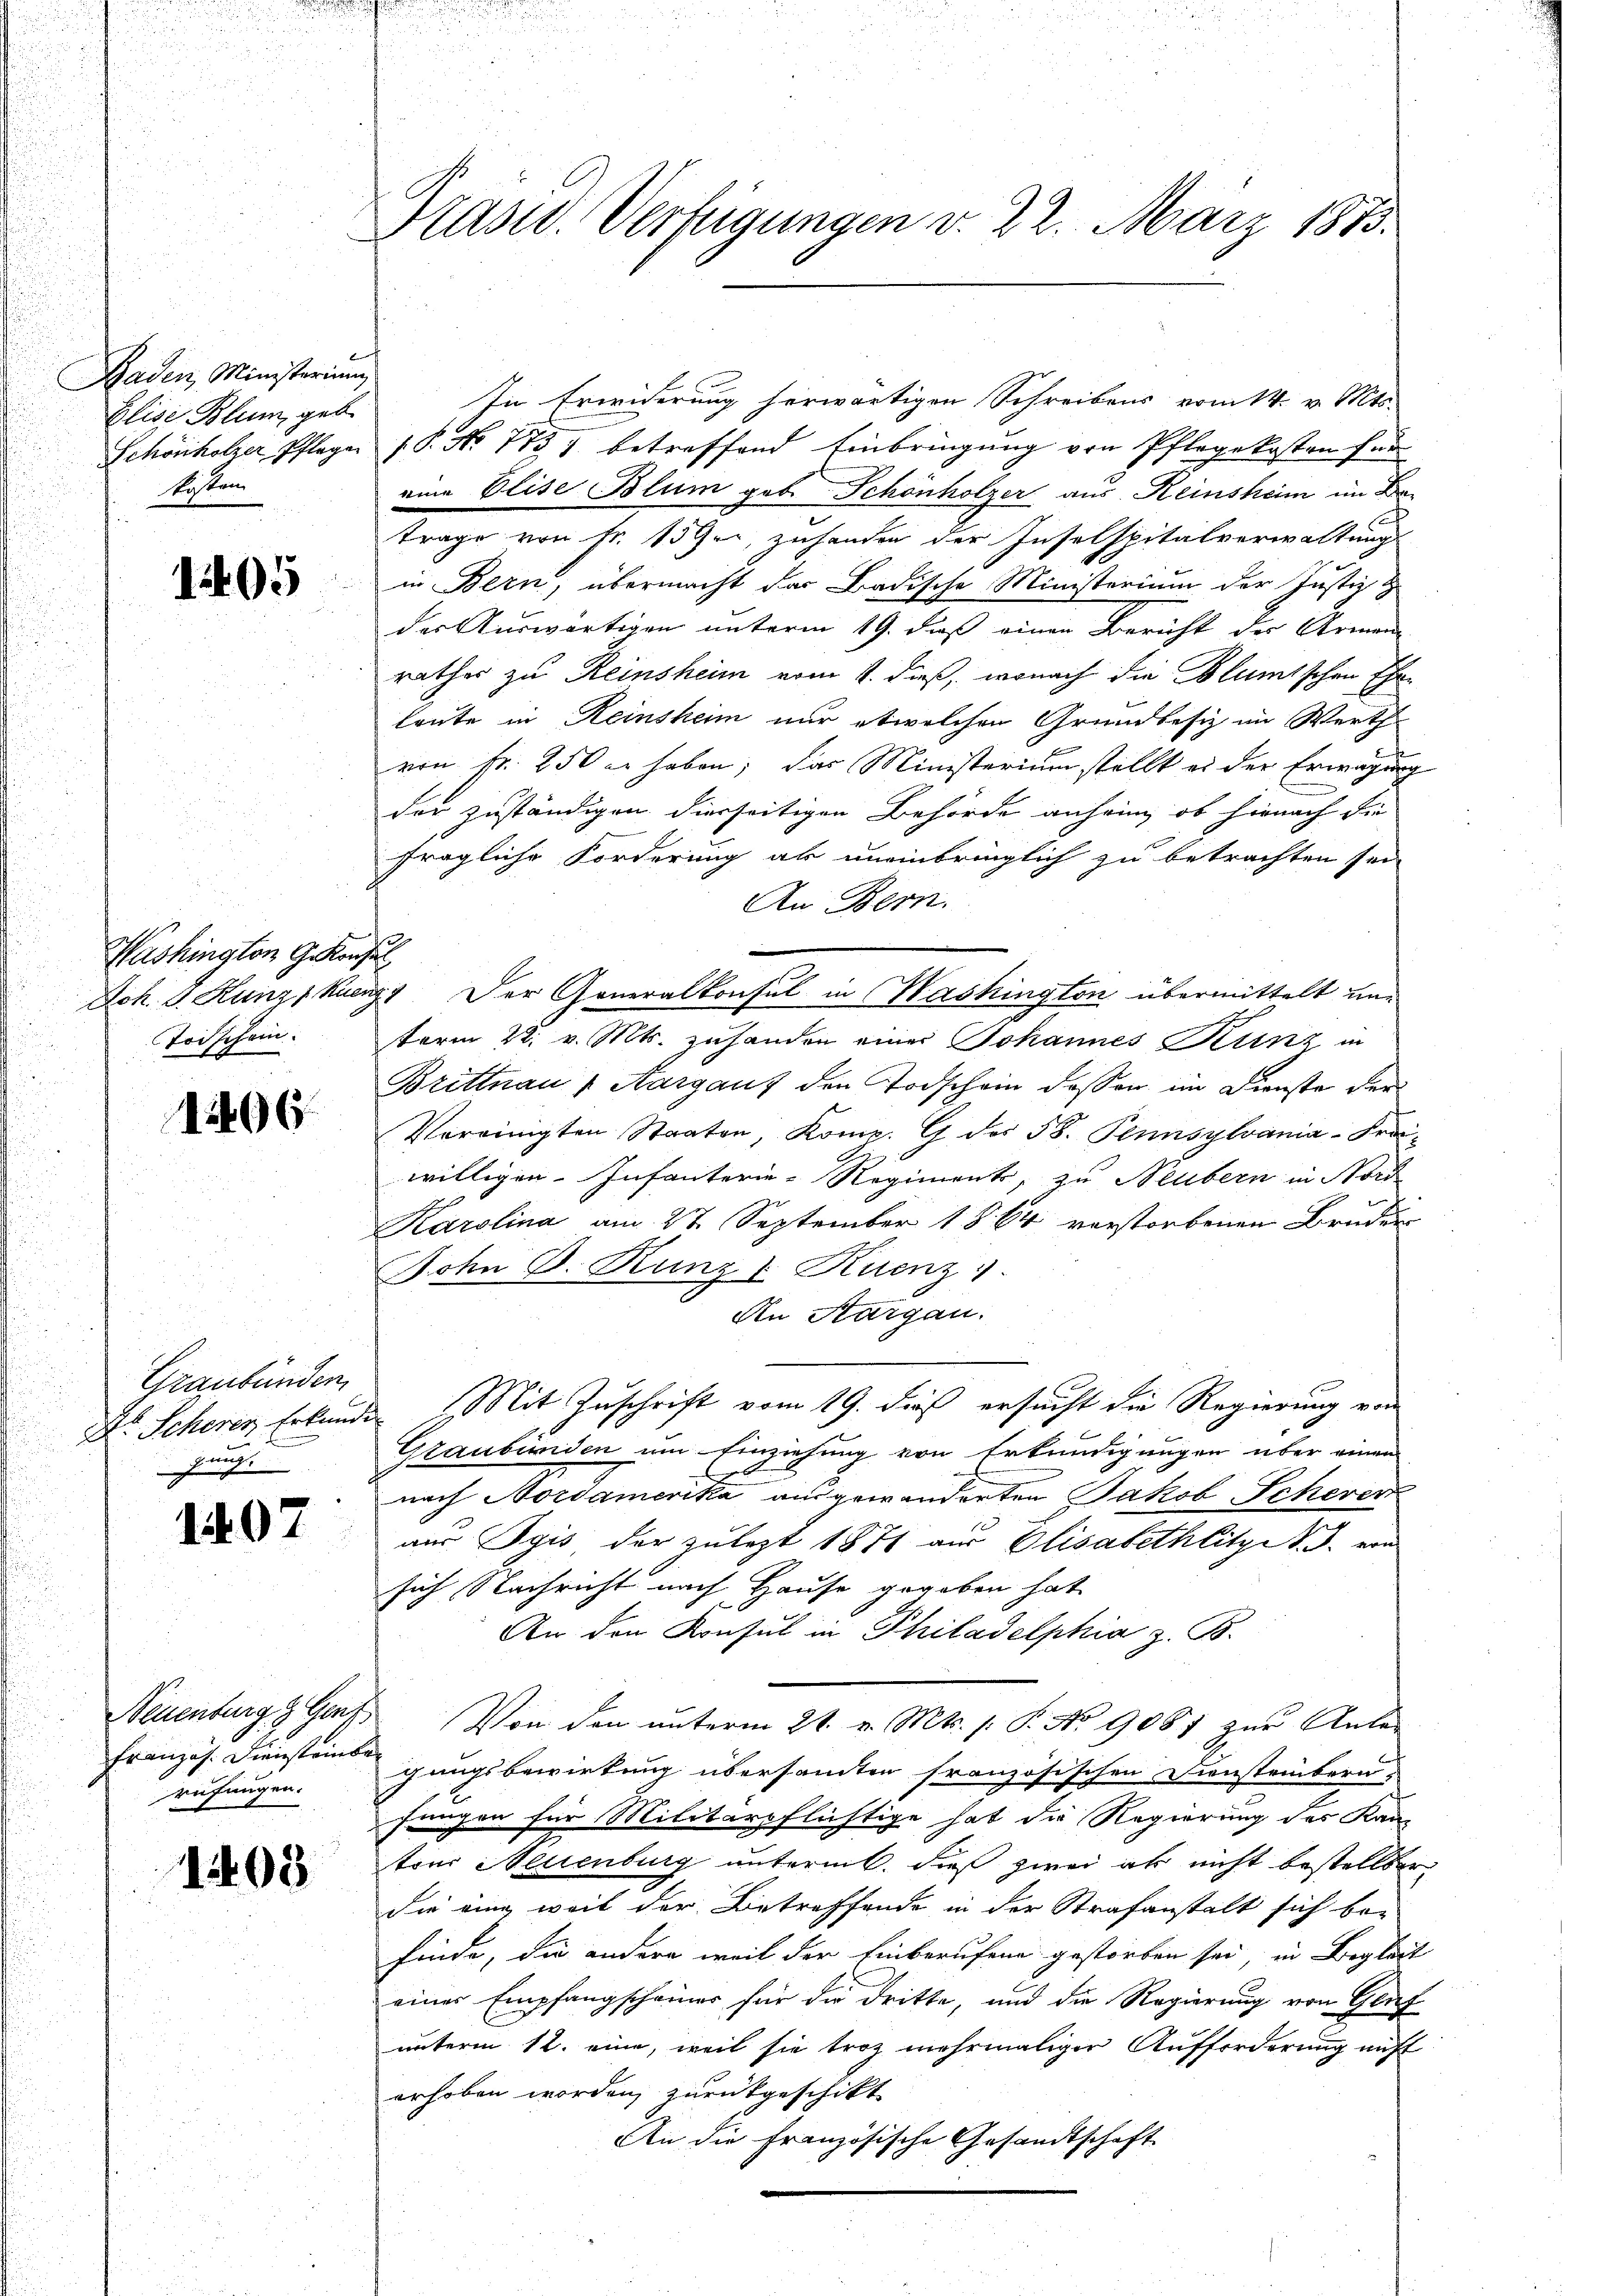
Baden, Ministerium
Elise Blum geb.
Schönholzer Pflegen
Stösten

1205

Washington G. Konz
Joh. J. Hunz 1 Ruen
Todschein.

1406

Graubünden
Dr. Scherer Erkund
gung.

107

Neuenburg & Genf
Französ. Diensteinbe
rufungen.

1403

¬

Präsid. Verfügungen v. 22. März 1873.

In Erwiderung herwärtigen Schreibens vom 14. v. Mts.
P. No 7731 betreffend Einbringung von Pflegekosten für
eine Elise Blum geb. Schönholzer aus Reinsheim im Betrage von Nr. 159, zuhanden der Inselspitalverwaltung
in Bern, übermacht der Badische Ministerium der Justiz
der Auswärtigen unterm 19. daß einen Bericht der Armen
rathes zu Reinsheim vom 1. dieß, wonach die Bluntschen Eheleute in Reinsheim nur etwelchen Grundbesiz im Werth
von Fr. 250 er haben; das Ministerium stellt es der Erwägung
der zuständigen dierseitigen Behörde anheim, ob hienach die
fragliche Forderung ab uneinbringlich zu betrachten sei
An Bern.
 Der Generalkonsul in Washington übermittelt und
term 22. v. Mts. zuhanden einer Johannes Kunz in
Brittnau (Aargauf den Todschein dessen im Dienste der
Vereinigten Staaten, Komp. G des 58. Pennsylvania-Freiwilligen. Infanterie-Regiment, zu Neubern in Nord
Karolina am 27. September 1864 verstorbenen Bruder
John B. Kunz v Kuenz
An Aargau.
Mit Zuschrift vom 19. dieß ersucht die Regierung von
Graubünden um Einziehung von Erkundigungen über einen
nach Nordamerika ausgewanderten Jakob Schevert
nur Spis der zulezt 1871 aus Elisabethlitz d. J. ern
sich Nachricht nach Hause gegeben hat
An den Konsul in Philadelphia z. B.
Von den unterm 21. v. Mts. s. P. No 9087 zur Ante-
gungsbewirkung übersamten französischen Diensteinbern
fungen für Militärpflichtige hat die Regierung des Kan-
tons Neuenburg unterm. dieß zwei ab nicht bestellter
Sie eing weit der Betreffende in der Strafanstalt sich be-
finde, die andere weil der Einberufene gestorben sei, in Begleit
eines Empfangscheiner für die dritte, und die Regierung von Gluf
unterm 12. eine, weil sie troz mehrmaliger Aufforderung nicht
erhoben worden, zurückgeschikt
An die Französische Gesandtschaft

E